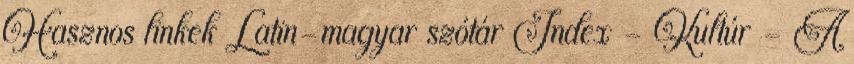
Hasznos linkek Latin-magyar szótár Index - Kultúr - A